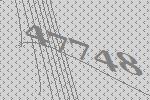
47748